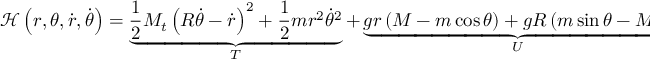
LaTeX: { \mathcal { H } } \left( r , \theta , { \dot { r } } , { \dot { \theta } } \right) = \underbrace { { \frac { 1 } { 2 } } M _ { t } \left( R { \dot { \theta } } - { \dot { r } } \right) ^ { 2 } + { \frac { 1 } { 2 } } m r ^ { 2 } { \dot { \theta } } ^ { 2 } } _ { T } + \underbrace { g r \left( M - m \cos { \theta } \right) + g R \left( m \sin { \theta } - M \theta \right) } _ { U } ,